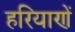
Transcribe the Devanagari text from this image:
हरियाणें